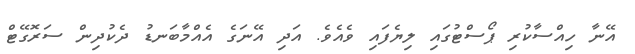
އޭނާ ހިއްސާކުރި ޕޯސްޓުގައި ލިޔެފައި ވެއެވެ. އަދި އޭނަގެ އެއްމާބަނޑު ދެކުދިން ސަރޮގޭޓް